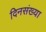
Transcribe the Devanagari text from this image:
दिनसंख्या